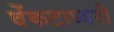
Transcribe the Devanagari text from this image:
वेंकटाध्वरी